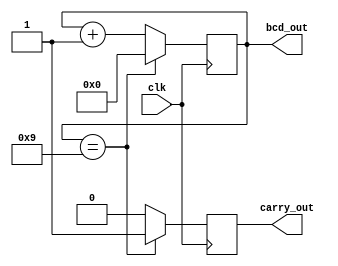
module bcd_counter(
    input wire clk,
    output reg [3:0] bcd_out,
    output reg carry_out
);

reg [3:0] bcd_temp;

always @(posedge clk) begin
    if(bcd_temp == 4'd9) begin
        bcd_temp <= 4'd0;
        carry_out <= 1;
    end else begin
        bcd_temp <= bcd_temp + 4'd1;
        carry_out <= 0;
    end
end

assign bcd_out = bcd_temp;

endmodule